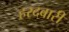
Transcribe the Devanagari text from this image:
हरदवारी